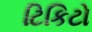
ટિકિટો